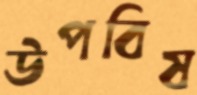
উপবিষ